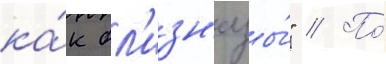
ка́к бл'изн'ецы́" // По́